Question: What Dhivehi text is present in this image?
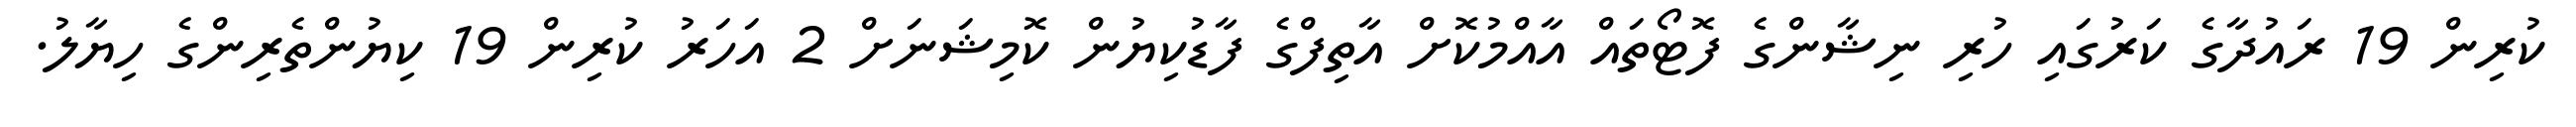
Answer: ކުރިން 19 ރައުދާގެ ކަރުގައި ހުރި ނިޝާންގެ ފޮޓޯތައް އާއްމުކޮށް އާތިފްގެ ފާޑުކިޔުން ކޮމިޝަނަށް 2 އަހަރު ކުރިން 19 ކިޔުންތެރިންގެ ހިޔާލު.